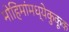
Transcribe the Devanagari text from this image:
मोहिमांमध्येकुकूक